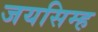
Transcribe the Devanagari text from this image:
जयसिम्ह